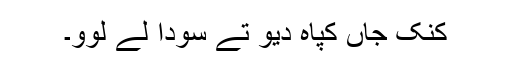
کنک جاں کپاہ دیو تے سودا لے لوو۔